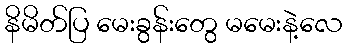
နိမိတ်ပြ မေးခွန်းတွေ မမေးနဲ့လေ